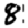
Digit: 8